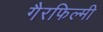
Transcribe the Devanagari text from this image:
गैरफिल्मी